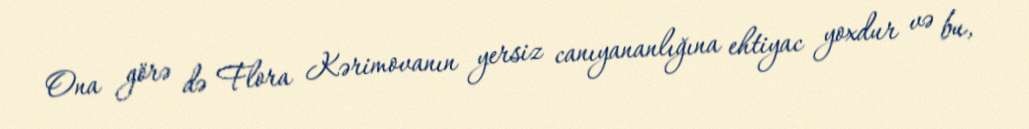
Ona görə də Flora Kərimovanın yersiz canıyananlığına ehtiyac yoxdur və bu,